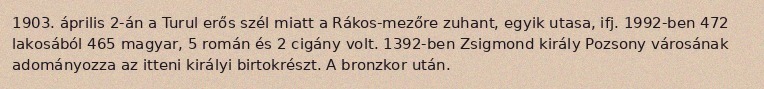
1903. április 2-án a Turul erős szél miatt a Rákos-mezőre zuhant, egyik utasa, ifj. 1992-ben 472 lakosából 465 magyar, 5 román és 2 cigány volt. 1392-ben Zsigmond király Pozsony városának adományozza az itteni királyi birtokrészt. A bronzkor után.